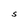
Character: S